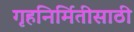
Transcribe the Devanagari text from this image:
गृहनिर्मितीसाठी